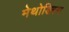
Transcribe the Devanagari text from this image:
मेथोडिस्म